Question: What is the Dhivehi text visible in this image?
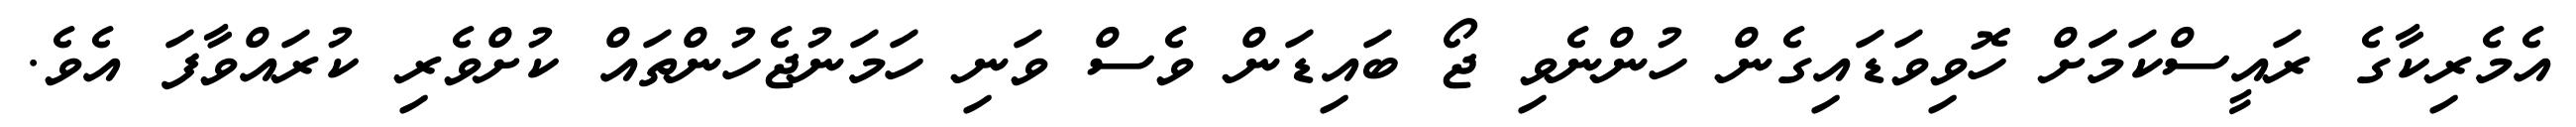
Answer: އެމެރިކާގެ ރައީސްކަމަަށް ހޮވިވަޑައިގެން ހުންނެވި ޖޯ ބައިޑަން ވެސް ވަނި ހަމަނުޖެހުންތައް ކުށްވެރި ކުރައްވާފަ އެވެ.